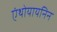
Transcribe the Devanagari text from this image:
एंथोयायनिन